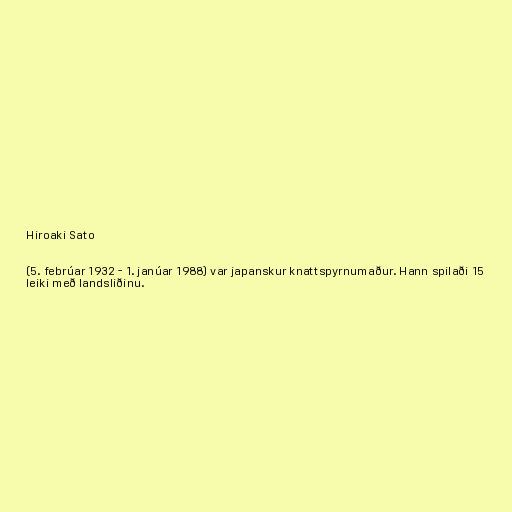
Hiroaki Sato

(5. febrúar 1932 - 1. janúar 1988) var japanskur knattspyrnumaður. Hann spilaði 15
leiki með landsliðinu.